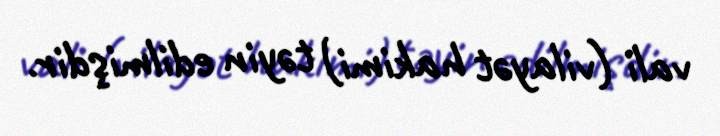
vali (vilayət hakimi) təyin edilmişdir.